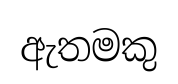
ඇතමකු